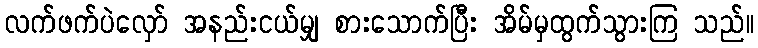
လက်ဖက်ပဲလှော် အနည်းငယ်မျှ စားသောက်ပြီး အိမ်မှထွက်သွားကြ သည်။